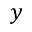
y